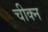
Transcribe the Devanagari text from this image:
चीक्न